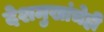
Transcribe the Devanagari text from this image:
देशमुखांचेही